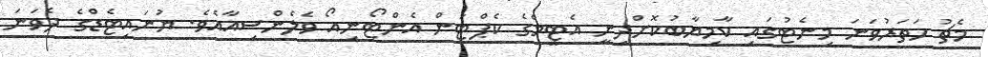
މެޗު ހަތަރުވަނަ މިނެޓުގައި ކާމިޔާބުކޮށްދިނީ އެޓީމްގެ ކެޕްޓަން އެންޓޯނިއޯ ވެލެންސިއާއެވެ. ޔުނައިޓެޑްގެ ދެވަނަ